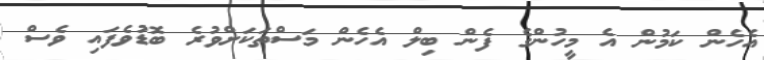
އެހެން ކަމުން އެ މީހުންގެ ފެން ބިލް އެހެން މަސްތަކަށްވުރެ ބޮޑުވެފައި ވެސް